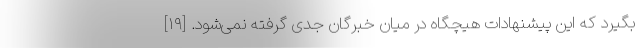
بگیرد که این پیشنهادات هیچگاه در میان خبرگان جدی گرفته نمی‌شود. [۱۹]